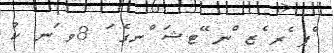
ްޕ ެރ ެޒ ްނ ޭޓޝަ ްނގެ ަ 8ވ ަނ ކު